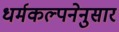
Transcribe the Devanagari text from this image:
धर्मकल्पनेनुसार